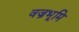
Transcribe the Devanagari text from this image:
वज्रभूमि